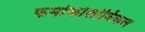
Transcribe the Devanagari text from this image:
फर्माकोलोजिकल